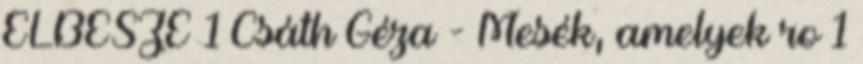
ELBESZÉ 1 Csáth Géza - Mesék, amelyek ro 1